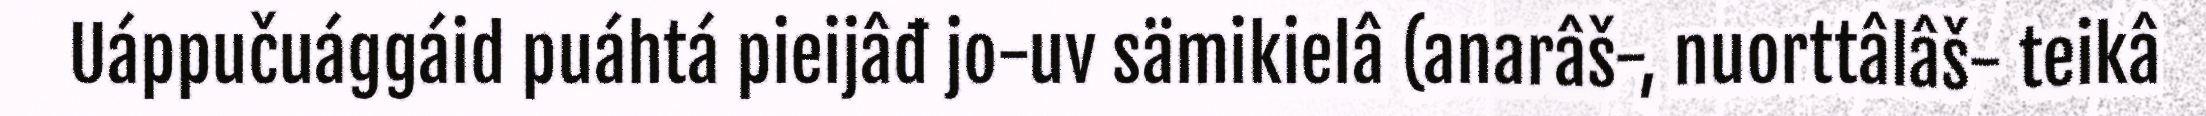
Uáppučuággáid puáhtá pieijâđ jo-uv sämikielâ (anarâš-, nuorttâlâš- teikâ